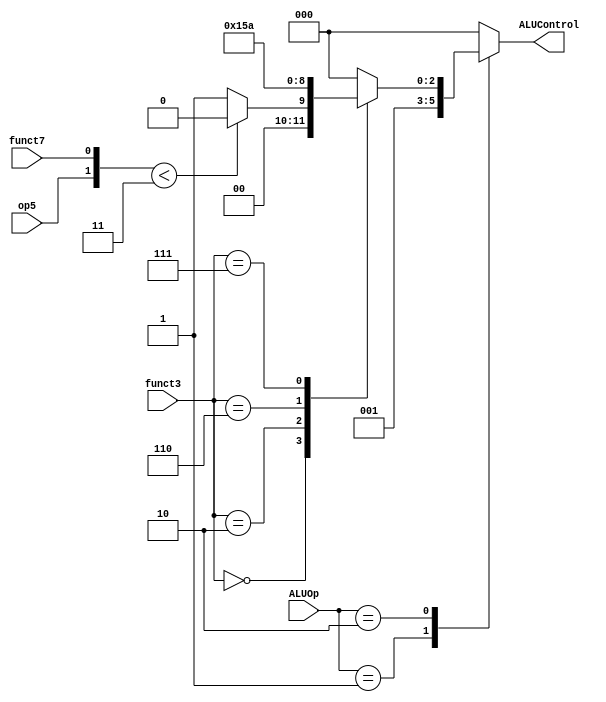
module ALU_Decoder (
	input wire												op5,funct7,
	input wire					[2:0]						funct3,
	input wire					[1:0]						ALUOp,
	output reg					[2:0]						ALUControl
);

	wire 							[1:0]						inter ;
	
	assign inter={op5,funct7} ;

always @(*)
	begin
		case(ALUOp)
			2'b0: begin
						ALUControl=3'b0 ;
					end
			2'b1: begin
						ALUControl=3'b1 ;
					end
			2'b10: begin
						case(funct3)
							3'b0: begin
										if(inter<2'b11)
											ALUControl=3'b0 ;
										else
											ALUControl=3'b1 ;
									end
							3'b10: begin
										ALUControl=3'b101 ;
									 end
							3'b110: begin
										ALUControl=3'b11 ;
									   end
							3'b111: begin
										ALUControl=3'b10 ;
									   end
							default: begin
											ALUControl=3'b0 ;
										end
						endcase
					 end
			default: begin
							ALUControl=3'b0 ;
						end
		endcase
	end

endmodule